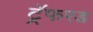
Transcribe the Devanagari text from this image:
ट्रॅफरड